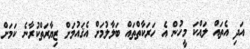
އަދި އެތައް ލައްކަ މީހުން އެ ހަރަކާތްތައް ބަލާލުމަށް އެޤައުމަށް ޒިޔާރަތްކުރާނެ ކަމަށް